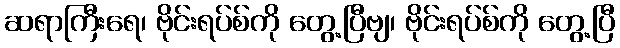
ဆရာကြီးရေ၊ ဗိုင်းရပ်စ်ကို တွေ့ပြီဗျ၊ ဗိုင်းရပ်စ်ကို တွေ့ပြီ